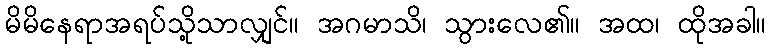
မိမိနေရာအရပ်သို့သာလျှင်။ အဂမာသိ၊ သွားလေ၏။ အထ၊ ထိုအခါ။